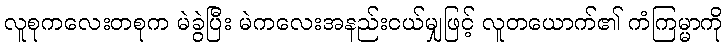
လူစုကလေးတစုက မဲခွဲပြီး မဲကလေးအနည်းငယ်မျှဖြင့် လူတယောက်၏ ကံကြမ္မာကို